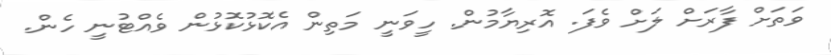
ވަތަށް ފާރަށް ލަށް ވެފަ. އޮރިޔާމުން. ހީވަނީ މަތިން އެކޮޅުކޮޅުން ވެއްޓުނީ ހެން.